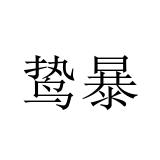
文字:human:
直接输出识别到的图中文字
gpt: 鸷暴